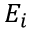
E _ { i }